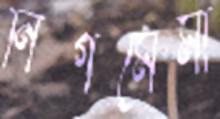
নিগমেমা